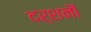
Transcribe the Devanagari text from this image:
दर्शनॊं